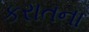
કરાતના